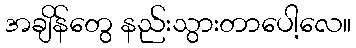
အချိန်တွေ နည်းသွားတာပေါ့လေ။